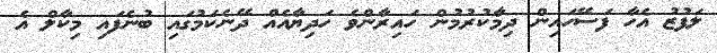
ލަފުޒު އެހާ ފަސޭހައިން ދިމާކުރުމުން ހައިރާންވެ ހަދިޔާއެއް ދޭނެކަމުގައި ބުނެފައި މިކާލް އެ